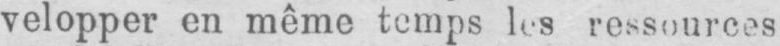
velopper en même temps les ressources